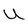
Character: U